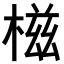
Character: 𣕜